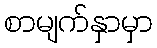
စာမျက်နှာမှာ